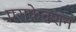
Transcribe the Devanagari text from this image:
पराफेक्शन